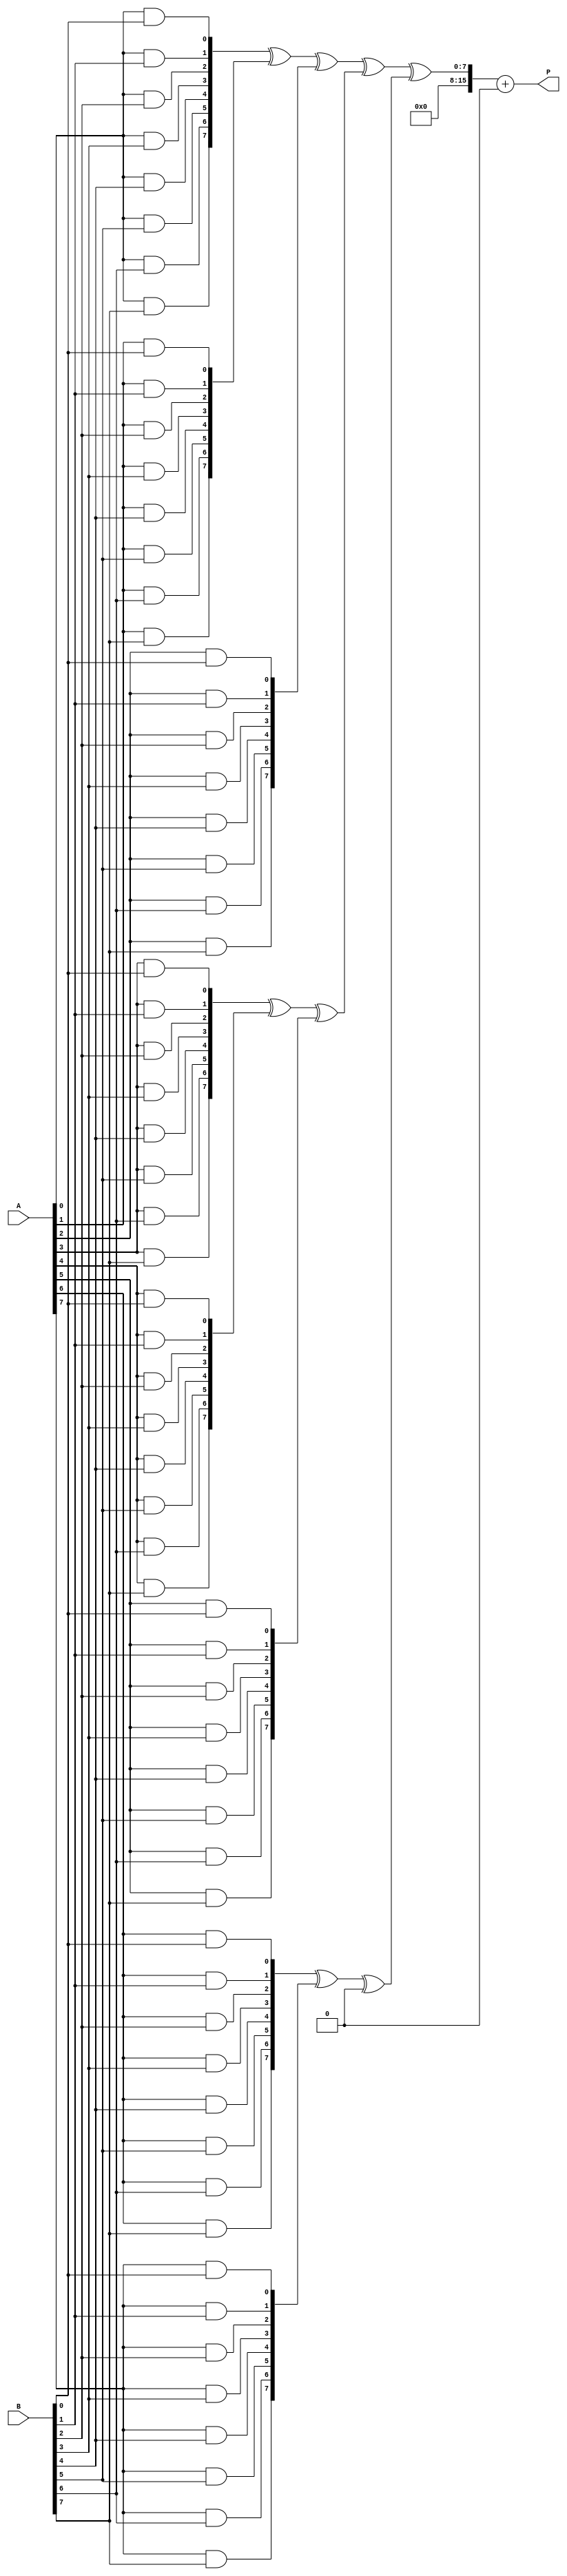
module WallaceTreeMultiplier #(parameter A_WIDTH = 8, parameter B_WIDTH = 8) (
    input  [A_WIDTH-1:0] A,
    input  [B_WIDTH-1:0] B,
    output reg [A_WIDTH + B_WIDTH - 1:0] P
);

    // Generate partial products
    wire [A_WIDTH * B_WIDTH - 1:0] pp; // Partial products
    genvar i, j;
    
    generate
        for (i = 0; i < A_WIDTH; i = i + 1) begin : pp_gen
            for (j = 0; j < B_WIDTH; j = j + 1) begin : pp_gen_inner
                assign pp[i * B_WIDTH + j] = A[i] & B[j];
            end
        end
    endgenerate

    // Carry Save Adder (CSA)
    function [A_WIDTH * B_WIDTH - 1:0] csa;
        input [A_WIDTH * B_WIDTH - 1:0] a;
        input [A_WIDTH * B_WIDTH - 1:0] b;
        input [A_WIDTH * B_WIDTH - 1:0] c;
        reg [A_WIDTH * B_WIDTH - 1:0] sum, carry;
        integer k;
        begin
            sum = a ^ b ^ c;
            carry = (a & b) | (b & c) | (c & a);
            csa = {carry, sum};
        end
    endfunction

    // Wallace Tree Reduction
    wire [A_WIDTH * B_WIDTH - 1:0] reduced_sum [0:2];
    wire [A_WIDTH * B_WIDTH - 1:0] reduced_carry [0:2];

    // First Stage
    assign {reduced_carry[0], reduced_sum[0]} = csa(pp[0:A_WIDTH-1], pp[A_WIDTH:2*A_WIDTH-1], pp[2*A_WIDTH:3*A_WIDTH-1]);
    assign {reduced_carry[1], reduced_sum[1]} = csa(pp[3*A_WIDTH:4*A_WIDTH-1], pp[4*A_WIDTH:5*A_WIDTH-1], pp[5*A_WIDTH:6*A_WIDTH-1]);
    assign {reduced_carry[2], reduced_sum[2]} = csa(pp[6*A_WIDTH:7*A_WIDTH-1], pp[7*A_WIDTH:8*A_WIDTH-1], 0);

    // Second Stage (assuming maximum of 3 groups)
    wire [A_WIDTH * B_WIDTH - 1:0] final_sum, final_carry;
    assign {final_carry, final_sum} = csa(reduced_sum[0], reduced_sum[1], reduced_sum[2]);

    // Final Addition
    always @* begin
        P = final_sum + final_carry;
    end

endmodule